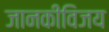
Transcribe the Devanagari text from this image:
जानकीविजय